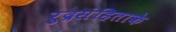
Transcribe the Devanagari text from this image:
रुद्रसंहिताके